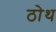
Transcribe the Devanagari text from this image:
ठोथ